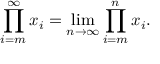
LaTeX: \prod _ { i = m } ^ { \infty } x _ { i } = \operatorname* { l i m } _ { n \to \infty } \prod _ { i = m } ^ { n } x _ { i } .